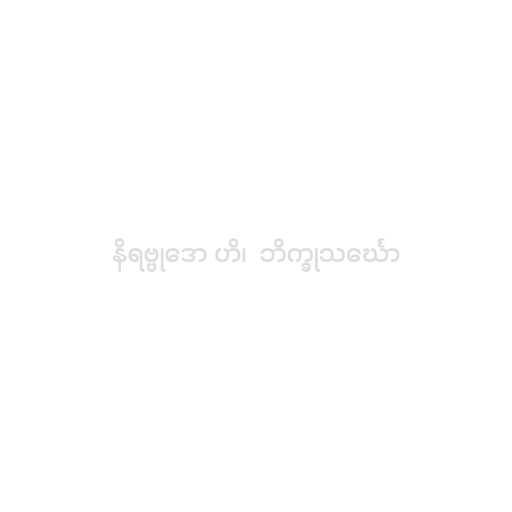
နိရဗ္ဗုဒော ဟိ၊  ဘိက္ခုသင်္ဃော